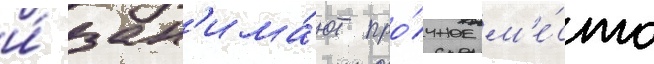
и́ зан'има́ют про́чное м'е́сто